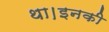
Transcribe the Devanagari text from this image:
था।इनकी